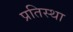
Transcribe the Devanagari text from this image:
प्रतिस्था